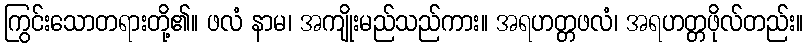
ကြွင်းသောတရားတို့၏။ ဖလံ နာမ၊ အကျိုးမည်သည်ကား။ အရဟတ္တဖလံ၊ အရဟတ္တဖိုလ်တည်း။